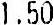
1.50